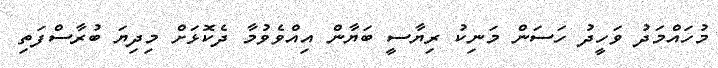
މުހައްމަދު ވަހީދު ހަސަން މަނިކު ރިޔާސީ ބަޔާން އިއްވެވުމާ ދެކޮޅަށް މިދިޔަ ބުރާސްފަތި